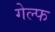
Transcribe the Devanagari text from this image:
गेल्फ